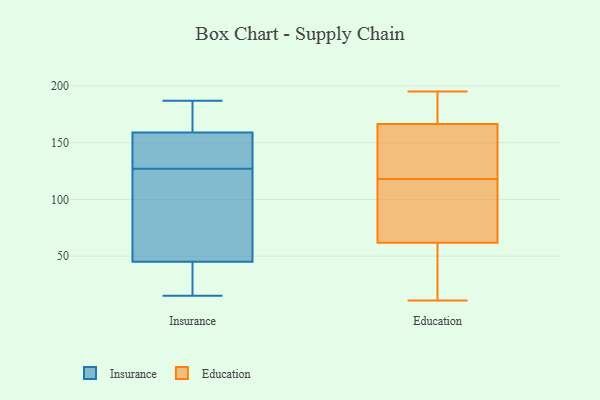
{"axis": {"x": "Gross Profit (USD K)", "y": "Value"}, "legend": ["Education", "Insurance"], "data": [{"x": "", "y": 179, "type": "Insurance"}, {"x": "", "y": 28, "type": "Insurance"}, {"x": "", "y": 159, "type": "Insurance"}, {"x": "", "y": 187, "type": "Insurance"}, {"x": "", "y": 15, "type": "Insurance"}, {"x": "", "y": 45, "type": "Insurance"}, {"x": "", "y": 75, "type": "Insurance"}, {"x": "", "y": 159, "type": "Insurance"}, {"x": "", "y": 141, "type": "Insurance"}, {"x": "", "y": 113, "type": "Insurance"}, {"x": "", "y": 11, "type": "Education"}, {"x": "", "y": 116, "type": "Education"}, {"x": "", "y": 163, "type": "Education"}, {"x": "", "y": 77, "type": "Education"}, {"x": "", "y": 177, "type": "Education"}, {"x": "", "y": 118, "type": "Education"}, {"x": "", "y": 148, "type": "Education"}, {"x": "", "y": 125, "type": "Education"}, {"x": "", "y": 44, "type": "Education"}, {"x": "", "y": 195, "type": "Education"}, {"x": "", "y": 184, "type": "Education"}, {"x": "", "y": 185, "type": "Education"}, {"x": "", "y": 65, "type": "Education"}, {"x": "", "y": 117, "type": "Education"}, {"x": "", "y": 141, "type": "Education"}, {"x": "", "y": 25, "type": "Education"}, {"x": "", "y": 52, "type": "Education"}]}